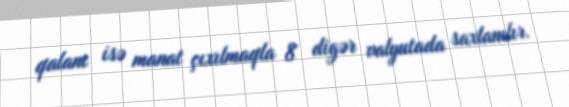
qalanı isə manat çıxılmaqla 8 digər valyutada saxlanılır.